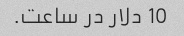
10 دلار در ساعت.